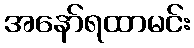
အနော်ရထာမင်း